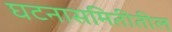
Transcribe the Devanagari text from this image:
घटनासमितीतील